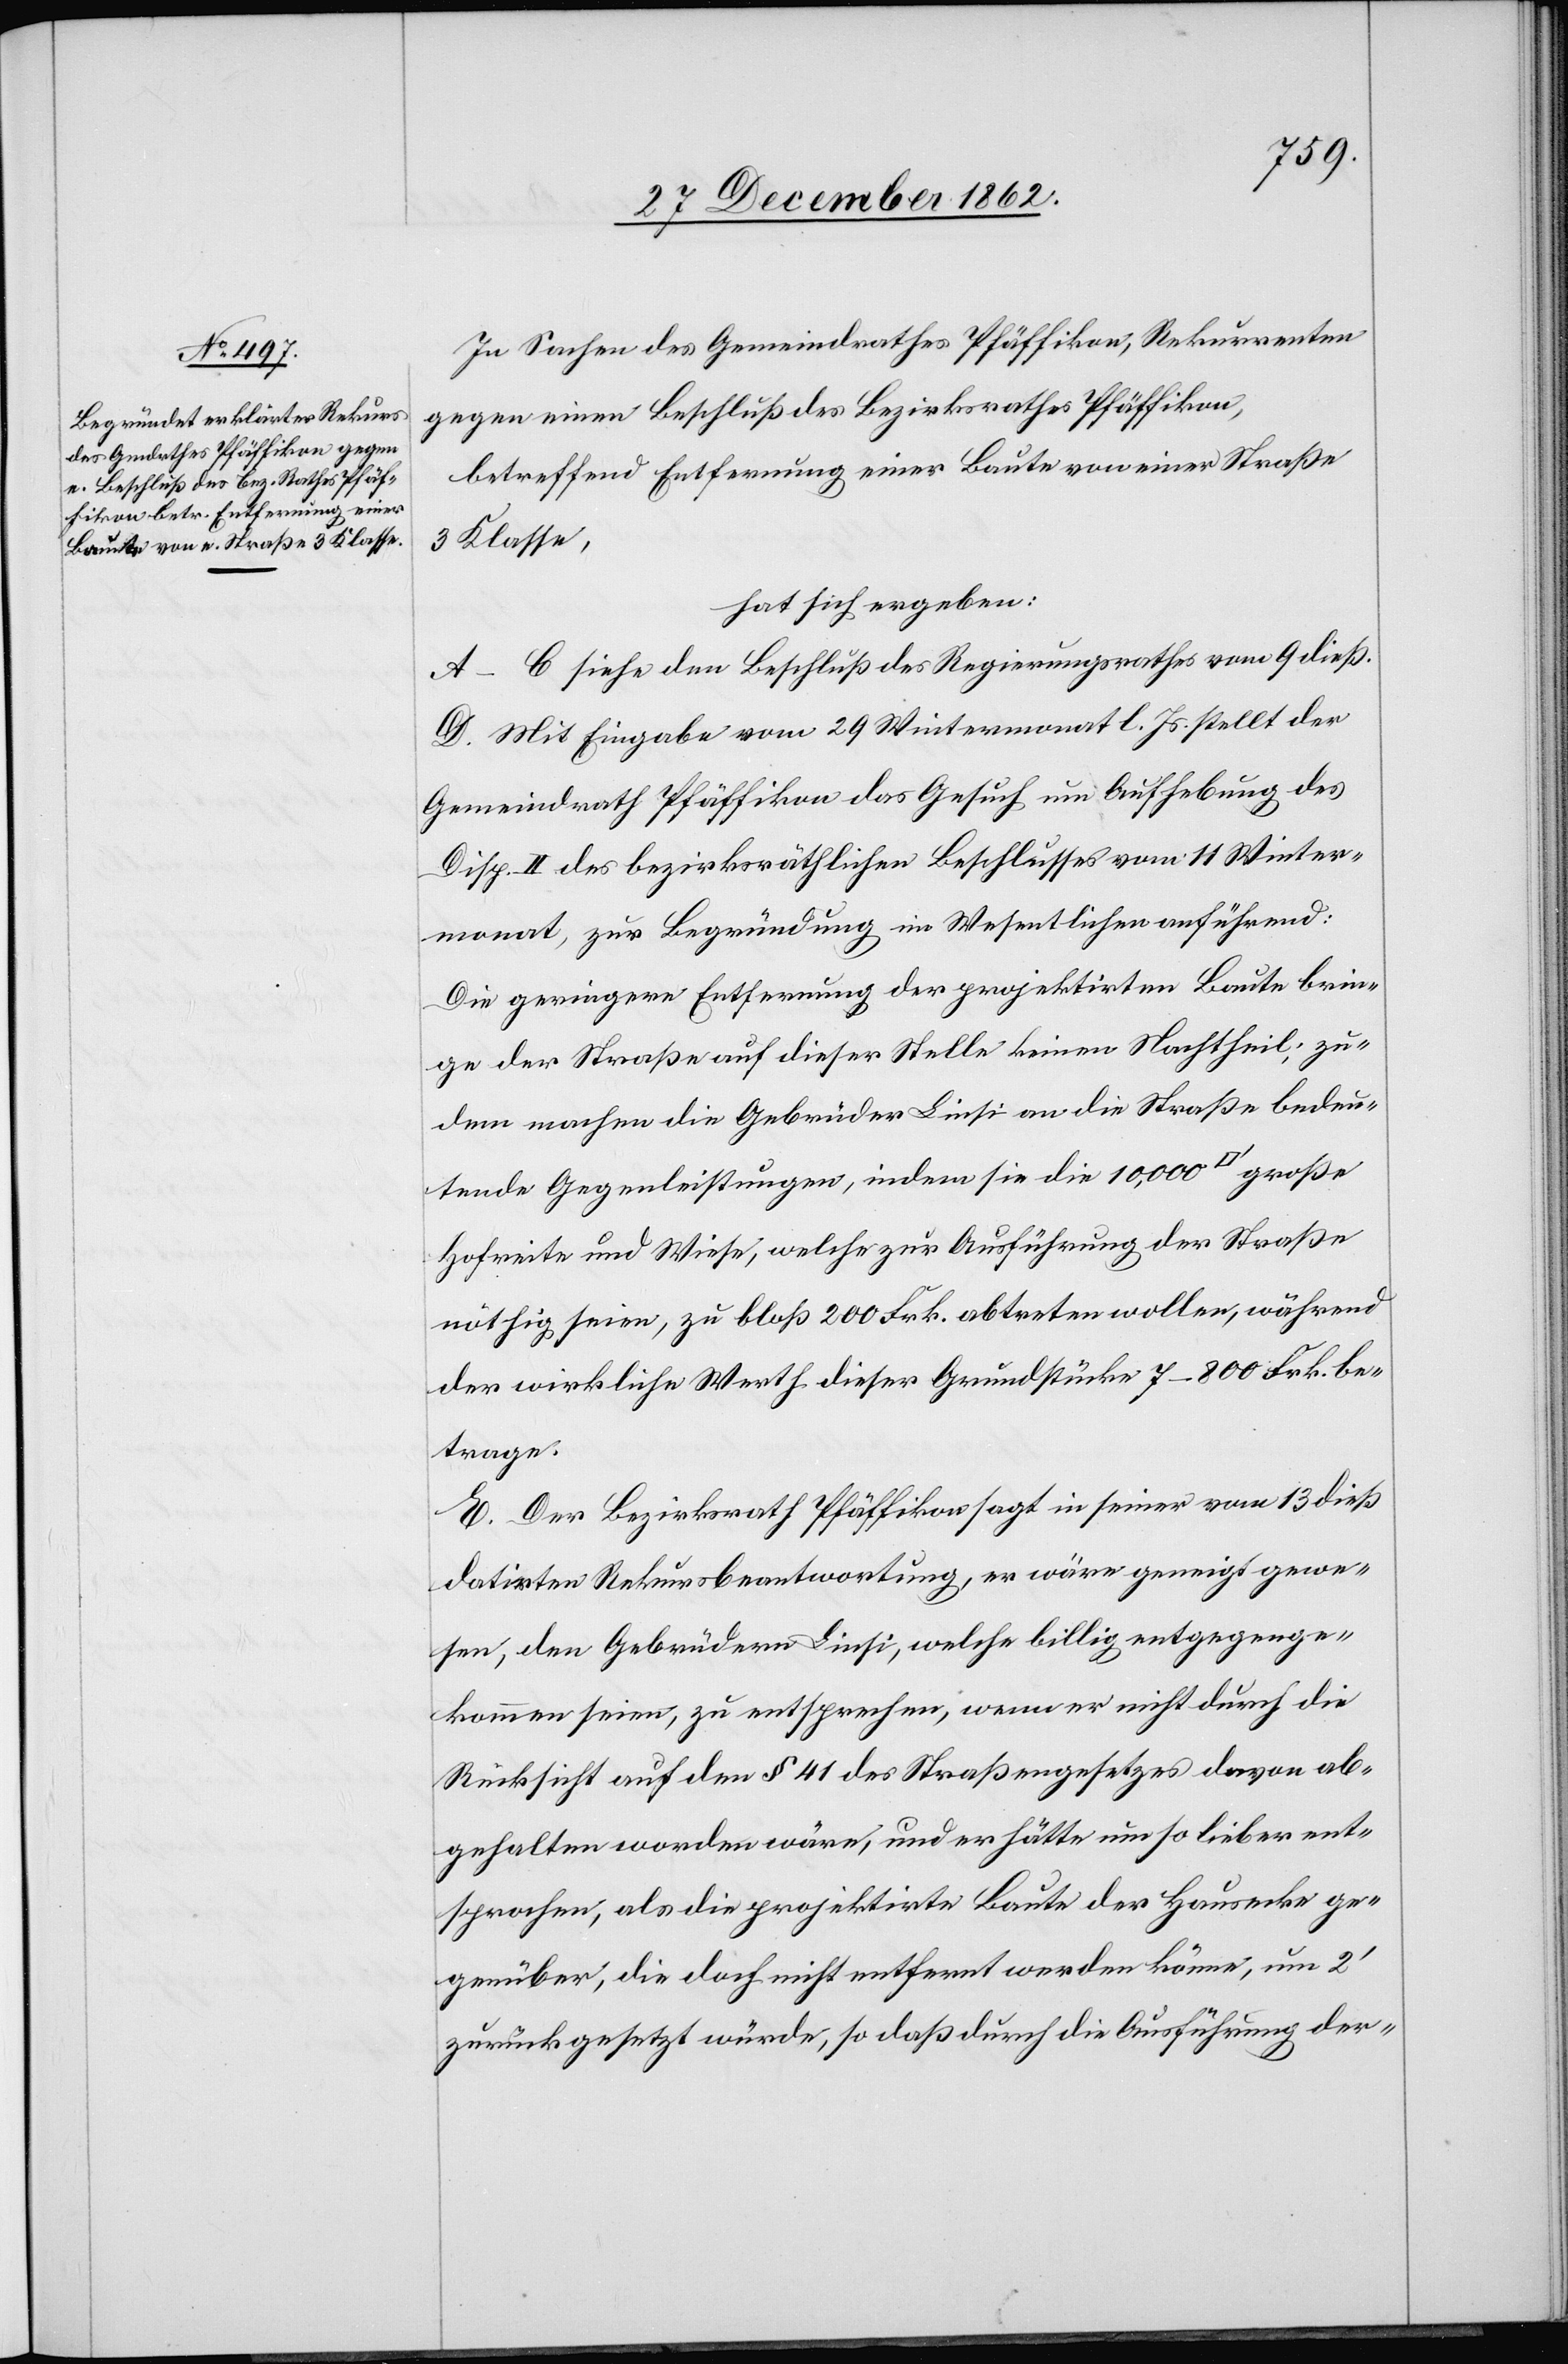
In Sachen des Gemeindrathes Pfäffikon, Rekurrenten
gegen einen Beschluß des Bezirksrathes Pfäffikon,
betreffend Entfernung einer Baute von einer Straße
3. Klasse,
hat sich ergeben:
A–C siehe den Beschluß des Regierungsrathes vom 9. dieß.
D. Mit Eingabe vom 29. Wintermonat l. Js. stellt der
Gemeindrath Pfäffikon das Gesuch um Aufhebung des
Disp. II des bezirksräthlichen Beschlusses vom 11. Winter¬
monat, zur Begründung im Wesentlichen anführend:
Die geringere Entfernung der projektirten Baute brin¬
ge der Straße auf dieser Stelle keinen Nachtheil; zu¬
dem machen die Gebrüder Linsi an die Straße bedeu¬
tende Gegenleistungen, indem sie die 10,000 [Quadratfuß]
Hofreite und Wiese, welche zur Ausführung der Straße
nöthig seien, zu bloß 200 Frk. abtreten wollen, während
der wirkliche Werth dieser Grundstücke 7–800 Frk. be¬
trage.
E. Der Bezirksrath Pfäffikon sagt in seiner vom 13. dieß
datirten Rekursbeantwortung, er wäre geneigt gewe¬
sen, den Gebrüdern Linsi, welche billig entgegenge¬
kommen seien, zu entsprechen, wenn er nicht durch die
Rücksicht auf den § 41 des Straßengesetzes davon ab¬
gehalten worden wäre, und er hätte um so lieber ent¬
sprochen, als die projektirte Baute der Hausecke ge¬
genüber, die doch nicht entfernt werden könne, um 2’
zurückgesetzt würde, so daß durch die Ausführung der-